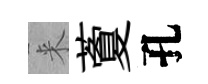
来藑孔